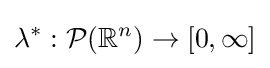
\lambda ^{*}:{\mathcal {P}}(\mathbb {R} ^{n})\to [0,\infty ]